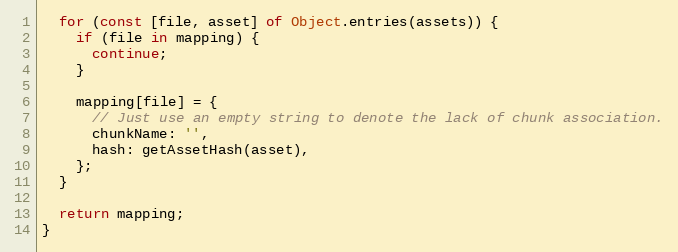
Language: JavaScript
  for (const [file, asset] of Object.entries(assets)) {
    if (file in mapping) {
      continue;
    }

    mapping[file] = {
      // Just use an empty string to denote the lack of chunk association.
      chunkName: '',
      hash: getAssetHash(asset),
    };
  }

  return mapping;
}